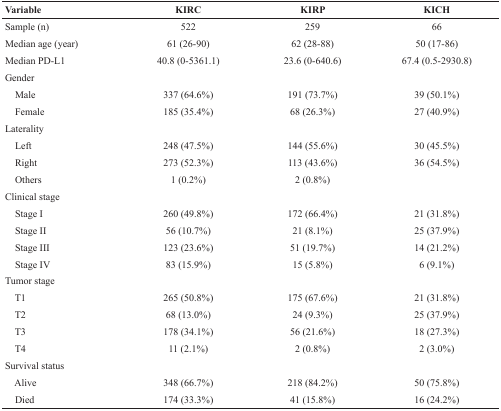
| Variable | KIRC | KIRP | KICH |
 | --- | --- | --- | --- |
 | Sample (n) | 522 | 259 | 66 |
 | Median age (year) | 61 (26-90) | 62 (28-88) | 50 (17-86) |
 | Median PD-L1 | 40.8 (0-5361.1) | 23.6 (0-640.6) | 67.4 (0.5-2930.8) |
 | <COLSPAN=4> Gender |
 | Male | 337 (64.6%) | 191 (73.7%) | 39 (50.1%) |
 | Female | 185 (35.4%) | 68 (26.3%) | 27 (40.9%) |
 | <COLSPAN=4> Laterality |
 | Left | 248 (47.5%) | 144 (55.6%) | 30 (45.5%) |
 | Right | 273 (52.3%) | 113 (43.6%) | 36 (54.5%) |
 | Others | 1 (0.2%) | 2 (0.8%) |  |
 | <COLSPAN=4> Clinical stage |
 | Stage I | 260 (49.8%) | 172 (66.4%) | 21 (31.8%) |
 | Stage II | 56 (10.7%) | 21 (8.1%) | 25 (37.9%) |
 | Stage III | 123 (23.6%) | 51 (19.7%) | 14 (21.2%) |
 | Stage IV | 83 (15.9%) | 15 (5.8%) | 6 (9.1%) |
 | <COLSPAN=4> Tumor stage |
 | T1 | 265 (50.8%) | 175 (67.6%) | 21 (31.8%) |
 | T2 | 68 (13.0%) | 24 (9.3%) | 25 (37.9%) |
 | T3 | 178 (34.1%) | 56 (21.6%) | 18 (27.3%) |
 | T4 | 11 (2.1%) | 2 (0.8%) | 2 (3.0%) |
 | <COLSPAN=4> Survival status |
 | Alive | 348 (66.7%) | 218 (84.2%) | 50 (75.8%) |
 | Died | 174 (33.3%) | 41 (15.8%) | 16 (24.2%) |